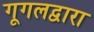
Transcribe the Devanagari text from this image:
गूगलद्वारा